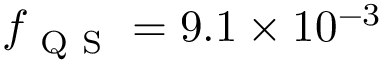
f _ { \mathrm { ~ Q ~ S ~ } } = 9 . 1 \times 1 0 ^ { - 3 }